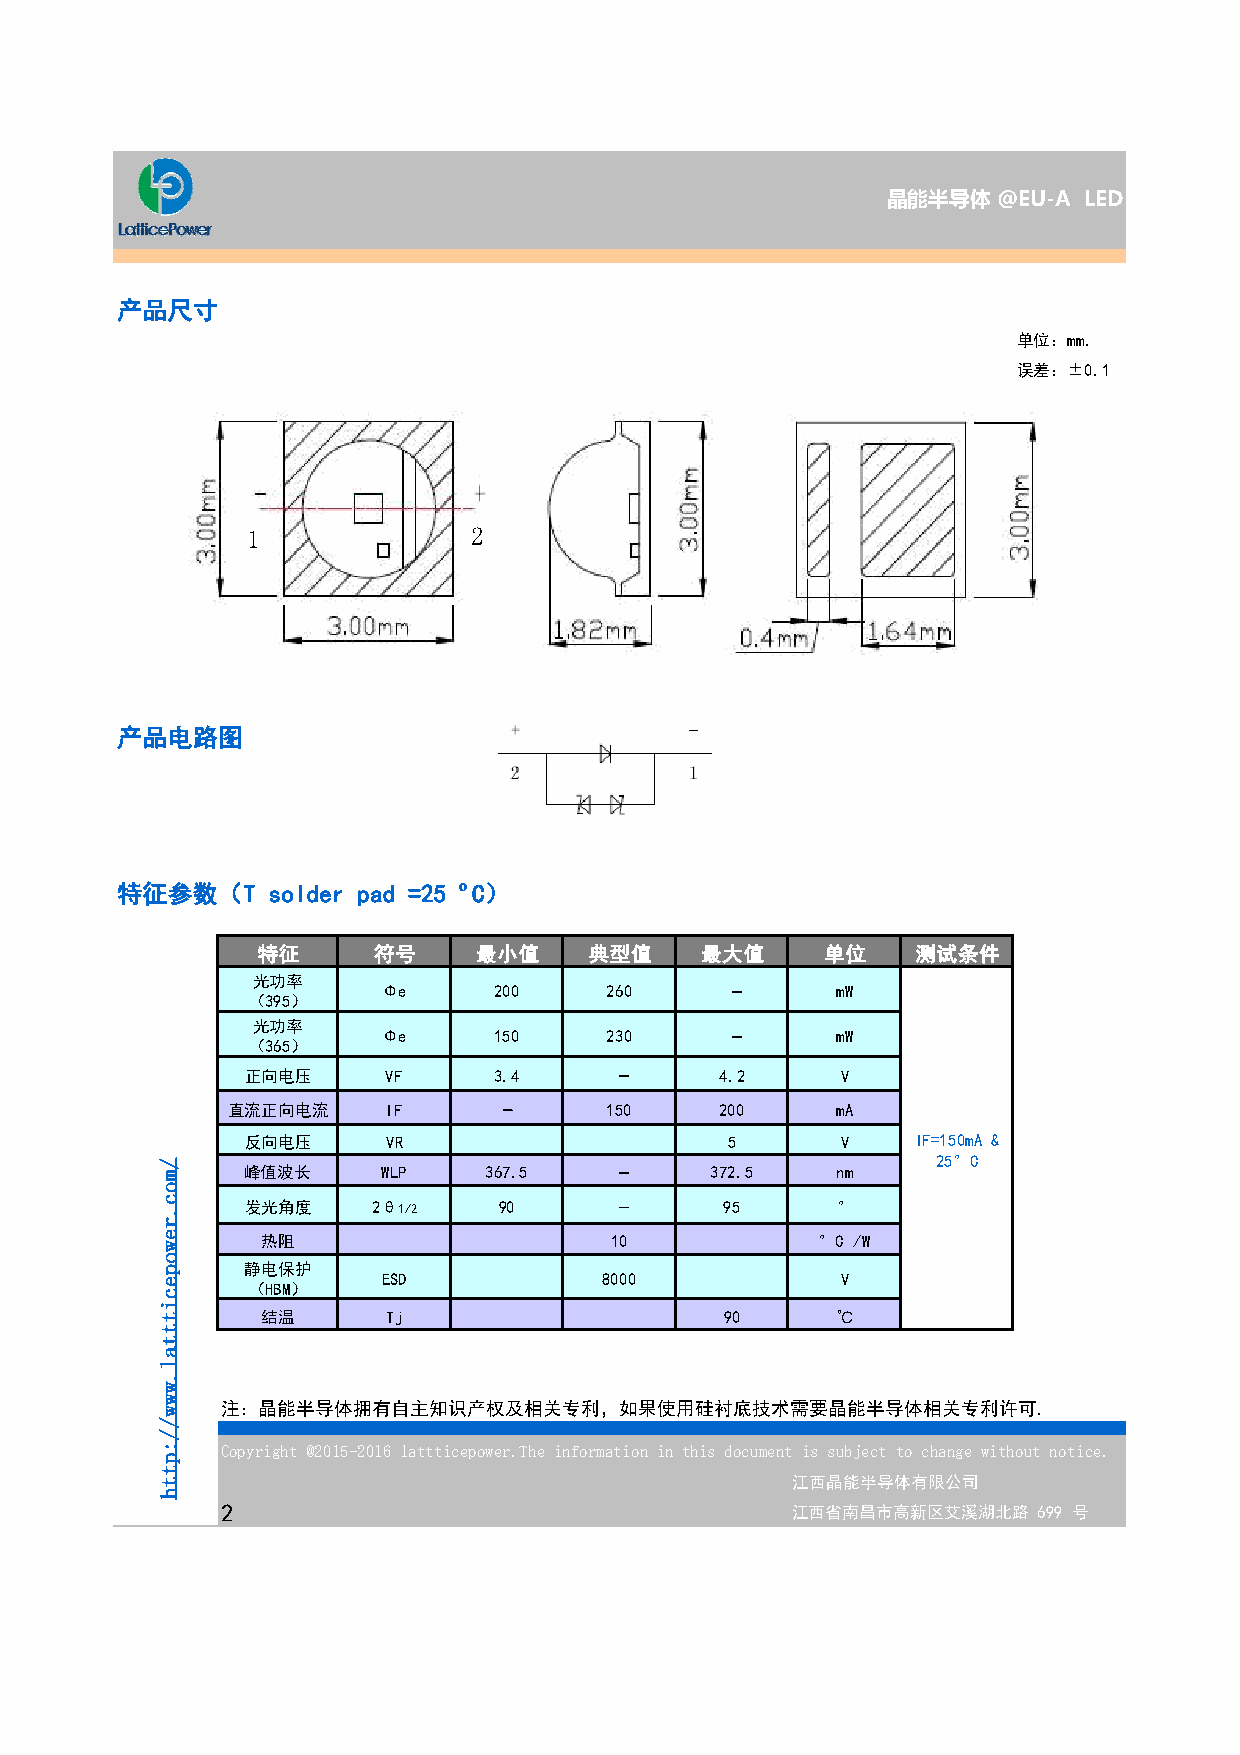
晶能半导体  @EU-A LED
 产品尺寸
 单位：mm.
 误差：±0.1
 1              2
 产品电路图
 特征参数（T    solder pad =25 ºC）
 特征      符号    最小值     典型值    最大值      单位    测试条件
 光功率
 Φe      200    260            mW
 （395）
 光功率
 Φe      150    230            mW
 （365）
 正向电压      VF     3.4            4.2     V
 直流正向电流     IF            150     200    mA
 反向电压      VR                    5       V    IF=150mA &
 25°C 峰值波长 WLP 367.5 372.5 nm
 发光角度     2θ1/2   90             95     °
 热阻                     10            °C /W
 静电保护
 ESD            8000            V
 （HBM）
 结温       Tj                    90     ℃
 注：晶能半导体拥有自主知识产权及相关专利，如果使用硅衬底技术需要晶能半导体相关专利许可.
 Copyright @2015-2016 lattticepower.The information in this document is subject to change without notice.
 江西晶能半导体有限公司
 2                                    江西省南昌市高新区艾溪湖北路   699 号
 /moc.rewopecitttal.www//:ptth